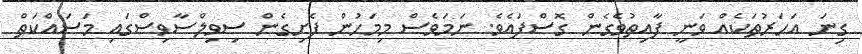
ގިނަ އަހަރުތަކެއް ވަނީ ފާއިތުވެގެން ގޮސްފައެވެ. ނަމަވެސް މިމަހުން ފެށިގެން ސިވިލްސާވިސްގައި މަސައްކަތް